Vital statistics of India. Vol. IV, Annual returns from 1871 to 1876. British Army of India, Native Army and jails of Bengal
Year: 1871
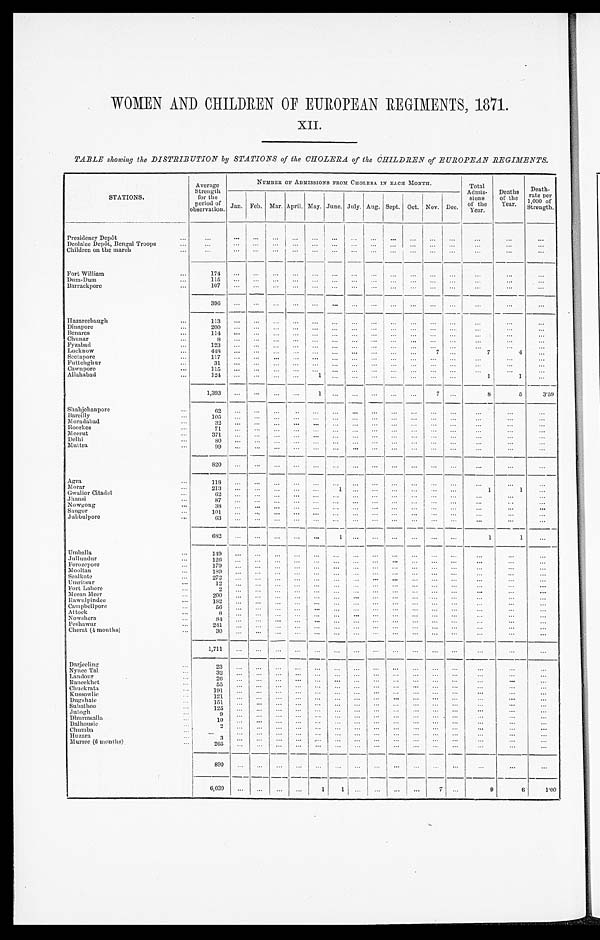
WOMEN AND CHILDREN OF EUROPEAN REGIMENTS, 1871.
XII.
TABLE showing the DISTRIBUTION by STATIONS of the CHOLERA of the CHILDREN of EUROPEAN REGIMENTS.
STATIONS.
Average
Strength
for the
period of
observation.
NUMBER OF ADMISSIONS FROM CHOLERA. IN EACH MONTH.
Total
Admis-
sions
of the Year.
Deaths
of the
Year.
Death-
rate per
1,000 of
Strength.
Jan. Feb. Mar. April. May. June. July. Aug. Sept. Oct. Nov. Dec.
Presidency Depôt
...
... ... ...
... ... ... ...
...
... ... ... ...
...
...
...
Deolalee Depôt, Bengal Troops
... ... ... ... ...
... ... ... ... ...
... ... ...
... ...
...
Children on the march
...
... ...
... ... ...
... ... ...
... ... ... ... ...
...
...
Fort William
1 7 4 ... ...
... ... ... ... ...
...
... ... ... ...
...
...
...
Dum-Dum
1 1 5 ...
... ...
... ... ... ... ... ...
... ... ...
... ...
...
Barrackpore
1 0 7
... ... ... ... ... ...
... ... ...
... ...
...
... ...
...
3 9 6 ... ... ... ... ...
... ... ... ... ...
... ... ...
...
...
Hazareebaugh
1 1 3 ... ... ... ... ... ... ... ...
... ... ... ...
... ...
...
Dinapore
2 0 0 ... ...
... ... ...
... ... ... ...
... ... ...
... ...
...
Benares
1 1 4 ... ... ... ...
... ...
... ... ... ... ... ...
...
...
...
Chunar
8 ... ...
... ... ... ... ... ... ... ... ... ... ...
...
...
Fyzabad
1 2 3 ...
... ... ... ... ... ... ... ... ... .... ...
...
...
...
Lucknow
4 4 8 ... ...
... ... ...
... ... ... ... ...
7 ...
7
4 ...
Seetapore
1 1 7 ... ...
... ... ... ... ... ...
... ... ... ... ...
...
...
F u t t c h g n u r
3 1
... ... ... ...
... ... ... ... ...
... ...
... ...
... ...
Cawnpore
1 1 5 ... ...
... ... ... ... ...
... ... ... ... ... ...
...
...
Allahabad
1 2 4 ... ... ... ...
1 ... ...
... ... ... ... ... 1
1
...
1 , 3 9 3 ... ... ... ...
1 ... ... ... ... ... 7 ...
8
5
3·59
Shahjehanpore
6 2 ... ... ... ... ... ... ... ... ... ... ... ... ...
...
...
Bareilly
1 0 5 ... ...
... ... ...
... ... ...
... ... ...
...
... ...
...
Moradabad
3 2 ... ...
... ... ... ... ...
... ...
... ... ...
...
...
...
Roorkee
7 1 ... ...
... ... ... ...
... ...
... ... ...
... ...
...
...
Meerut
3 7 1 ... ...
... ... ... ... ... ...
... ... ...
... ...
...
...
Delhi
8 0
... ... ... ... ... ... ... ... ... ... ... ...
... ...
...
Muttra
9 9
... ... ... ... ...
... ... ...
... ... ... ...
...
...
...
8 2 0 ...
... ... ... ...
... ... ... ... ...
... ...
... ...
...
Agra
1 1 8 ...
... ... ... ... ... ... ... ... ... ... ... ...
...
...
Mor ar
2 1 3
... ... ... ...
... 1 ... ... ... ... ... ...
1
1
...
Gwal i or Ci t adel
6 2
... ... ... ... ... ... ... ... ... ... ... ...
... ...
...
Jhansi
8 7 ... ... ...
... ...
... ... ... ... ... ... ... ...
... ...
Nowgong
3 8 ...
... ... ... ... ... ... ... ... ... ... ... ...
...
...
Saugor
1 0 1 ... ...
... ... ...
... ...
... ... ... ... ... ...
...
...
Jubbulpore
6 3 ... ... ... ...
... ... ... ... ... ... ... ...
...
...
...
6 8 2 ... ... ... ...
...
1 ... ... ... ... ... ...
1
1 ...
Umballa
1 4 9
... ...
... ... ... ... ... ... ... ... ... ...
... ...
...
Jullundur
1 2 6 ... ... ... ... ... ... ...
... ... ... ... ... ...
...
...
Ferozepore
1 7 9
... ... ... ... ...
... ... ... ...
... ... ...
... ...
...
Mooltan
1 8 9 ... ... ...
... ...
... ... ...
...
... ... ...
...
...
...
Sealkote
2 7 2 ... ... ...
... ... ... ...
... ... ... ... ... ...
...
...
Umritsur
1 2
... ... ... ...
... ... ... ... ... ... ... ...
...
...
...
Fort Lahore
2 ... ... ... ... ... ...
... ... ... ... ...
...
...
...
...
Meean Meer
2 0 0 ... ... ...
... ... ...
... ... ... ...
... ...
... ...
...
R a w u l p i n d e e
1 8 2 ...
... ... ... ... ...
... ...
... ... ...
... ...
...
...
Campbellpore
5 6
... ...
... ... ... ... ...
... ...
... ... ...
...
...
...
Attock
8 ... ... ... ... ...
... ... ... ... ...
... ...
... ...
...
Nowshera
8 4 ... ...
... ... ...
... ... ... ... ... ... ... ...
...
...
Peshawur
2 4 1 ... ...
... ... ... ... ... ... ...
... ... ...
...
...
...
Cherat (4 months)
3 0 ... ... ...
... ...
... ...
... ... ... ... ...
... ...
...
1 , 7 1 1 ... ...
... ...
... ... ... ... ... ... ... ...
... ...
...
Darjeeling
2 3 ... ... ... ... ... ... ... ... ... ... ... ... ...
...
...
Nynee Tal
3 2 ... ...
... ... ... ...
... ... ... ...
... ...
...
... ...
Landour
2 6 ... ... ...
... ...
... ...
... ... ... ... ...
... ...
...
Raneekhet
5 5... ...
... ... ... ... ... ...
... ... ... ...
...
...
...
Chuckrata
1 9 1 ... ... ... ... ... ...
... ... ... ... ... ...
... ...
...
Kussowlie
1 2 1
...
... ... ... ...
... ...
... ... ...
... ...
... ...
...
Dugshaie
1 5 1 ... ... ... ... ...
... ...
... ... ... ... ... ...
...
...
Subathoo
1 2 5 ... ... ... ... ... ... ... ... ... ... ...
...
... ...
...
Jutogh
9 ... ...
... ... ...
... ... ... ... ... ... ...
...
...
...
Dhurmsalla
1 0 ... ... ... ...
... ...
... ... ... ... ... ...
...
...
...
Dalhousie
2 ... ... ...
... ... ... ... ... ... ... ... ...
...
...
...
Chumba
. . .
... ... ... ... ...
... ...
... ... ... ... ...
... ...
...
Huzara
3
... ... ... ... ... ... ... ... ... ... ... ... ...
... ...
Murree (6 months)
2 6 5 ... ...
... ... ... ...
... ... ... ... ... ...
...
...
...
8 9 0 ... ... ... ... ... ...
... ...
... ... ... ... ...
...
...
6 , 0 3 9
...
...
...
...
1
1
...
... ... ... 7 ...
9
6
1·00